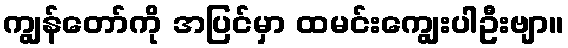
ကျွန်တော်ကို အပြင်မှာ ထမင်းကျွေးပါဦးဗျာ။